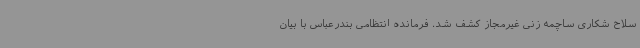
سلاح شکاری ساچمه زنی غیرمجاز کشف شد. فرمانده انتظامی بندرعباس با بیان